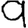
Digit: 9